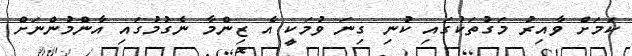
ކަމަށް ވާއިރު މަގުތަކުގައި ކުނި ގިނަ ވުމަކީ އެ ޒިންމާ ނެގުމުގައި އާންމުންނަށް